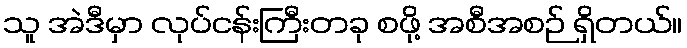
သူ အဲဒီမှာ လုပ်ငန်းကြီးတခု စဖို့ အစီအစဉ် ရှိတယ်။